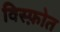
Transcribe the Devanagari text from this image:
विस्फ़ोत